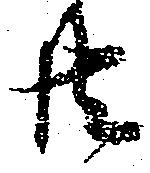
共